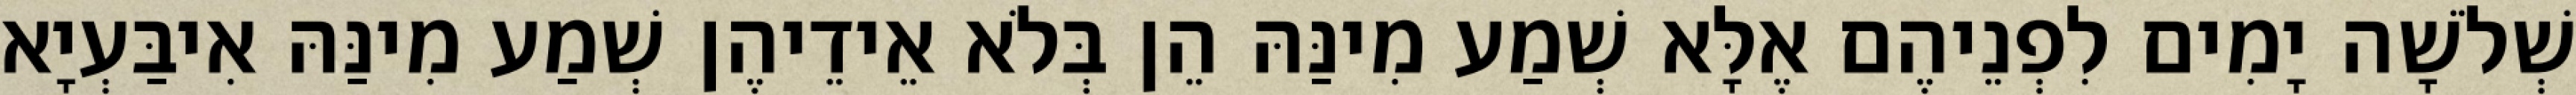
שְׁלֹשָׁה יָמִים לִפְנֵיהֶם אֶלָּא שְׁמַע מִינַּהּ הֵן בְּלֹא אֵידֵיהֶן שְׁמַע מִינַּהּ אִיבַּעְיָא